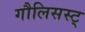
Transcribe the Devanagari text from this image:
गौलिसस्ट्